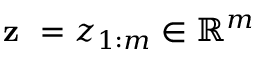
\textbf { z } = z _ { 1 : m } \in \mathbb { R } ^ { m }